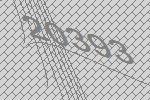
20393